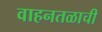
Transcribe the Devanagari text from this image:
वाहनतळाची